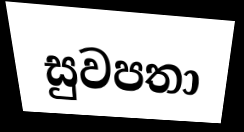
සුවපතා